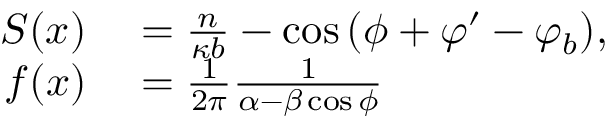
\begin{array} { r l } { S ( x ) } & { { } = \frac { n } { \kappa b } - \cos { ( \phi + \varphi ^ { \prime } - \varphi _ { b } ) } , } \\ { f ( x ) } & { { } = \frac { 1 } { 2 \pi } \frac { 1 } { \alpha - \beta \cos { \phi } } } \end{array}